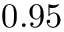
0 . 9 5